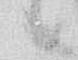
候